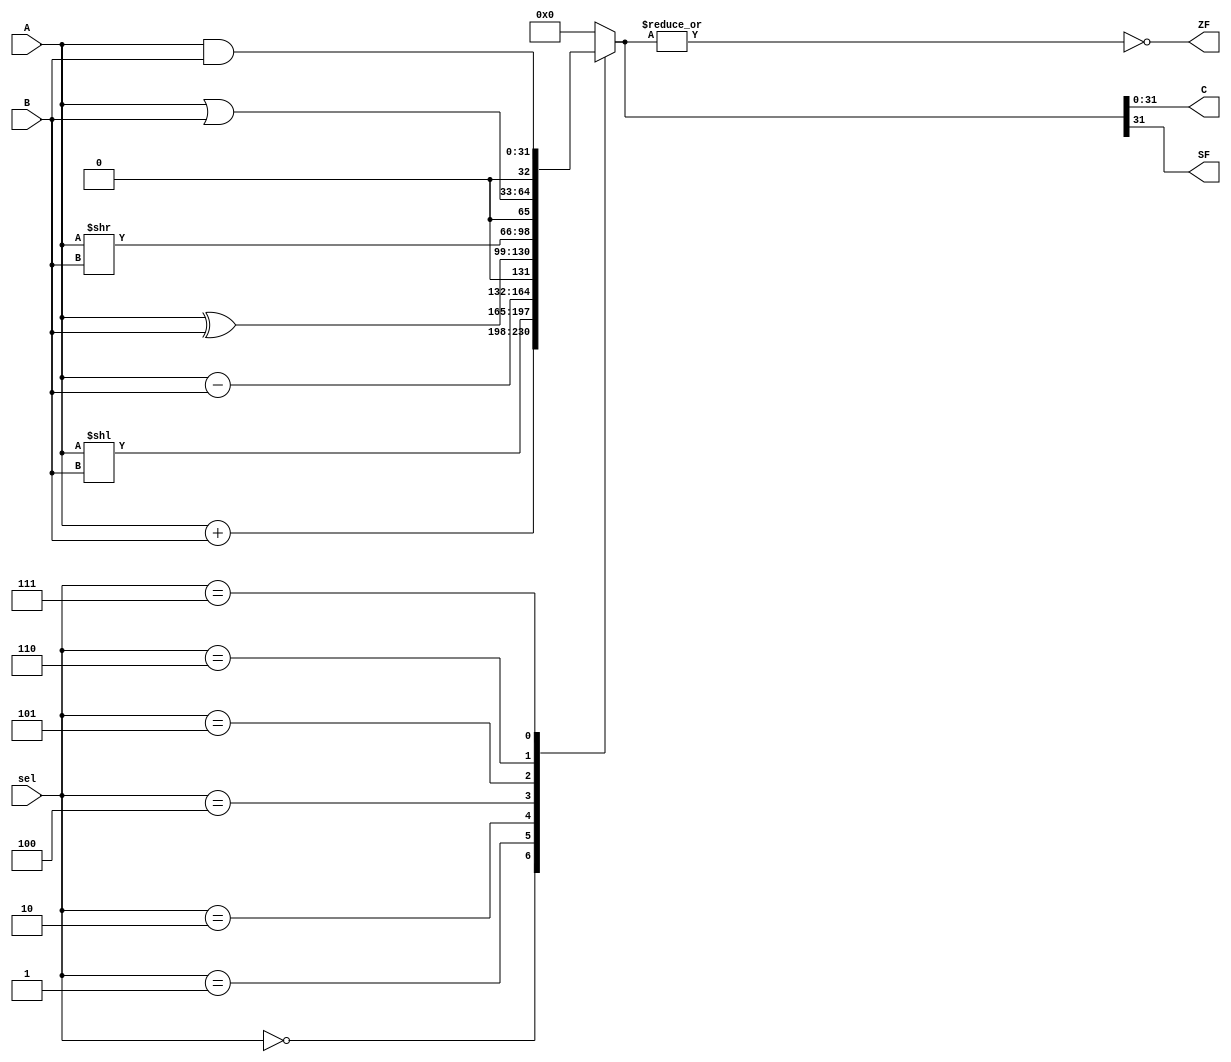
module alu (
  input [31:0] A,B,
//immext,
  //input alusrc,
  input [2:0] sel,
  output [31:0] C, // alu_result
  output ZF,SF
);
reg [32:0] R;
//reg [32:0] B;
always@(*)
begin
//if(alusrc==0) B=rd2;
//else B=immext;
  case(sel)
   3'b000 : R = A + B ;
   3'b001 : R = A<<B ;
   3'b010 : R = A - B ;
   3'b100 : R = A ^ B ;
   3'b101 : R = A>>B ;
   3'b110 : R = A | B ;
   3'b111 : R = A & B ;
   default : R = 32'b0 ;
  endcase  
end
assign C = R[31:0] ;
assign ZF = ~(|R);
assign SF =  R[31];

endmodule
/*
module ALU_tb;
//declaration
reg [31:0] A_tb,B_tb;
reg [2:0] sel_tb;
wire ZF_tb,SF_tb;
wire [31:0] C_tb;
//instantiation
ALU A1 ( .A(A_tb), .B(B_tb), .C(C_tb),.ZF(ZF_tb), .SF(SF_tb),.sel(sel_tb));
initial
begin
A_tb = 32'd0;
B_tb = 32'd0;
sel_tb = 3'b000;
#10
   $display("test case1 (ADD)");
A_tb = 32'd150;
B_tb = 32'd130;
sel_tb = 3'b000;
#10
   $display("test case2 (SUB)");
A_tb = 32'd150;
B_tb = 32'd130;
sel_tb = 3'b011;
#10
   $display("test case3 (B)");
A_tb = 32'd150;
B_tb = 32'd130;
sel_tb = 3'b010;
#10
   $display("test case4 (OR)");
A_tb = 32'hF0F0F0FF;
B_tb = 32'h0FF00F00;
sel_tb = 3'b110;
#10
   $display("test case5 (AND)");
A_tb = 32'hF0F0F0FF;
B_tb = 32'h00F000F0;
sel_tb = 3'b111;
#10

$stop;
 end 
endmodule */